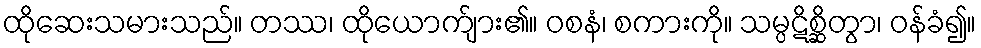
ထိုဆေးသမားသည်။ တဿ၊ ထိုယောက်ျား၏။ ဝစနံ၊ စကားကို။ သမ္ပဋိစ္ဆိတွာ၊ ဝန်ခံ၍။